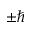
\pm \hbar